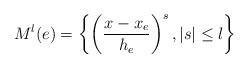
LaTeX: \begin{align*}M^{l}(e)=\left\{ \left(\frac{x-x_{e}}{h_{e}} \right)^{s}, \vert s \vert \leq l \right \} \end{align*}